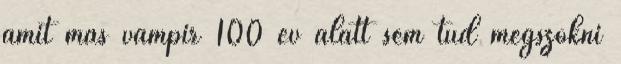
amit más vámpír 100 év alatt sem tud megszokni